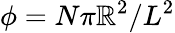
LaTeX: \phi=N\pi\mathbb{R}^{2}/L^{2}